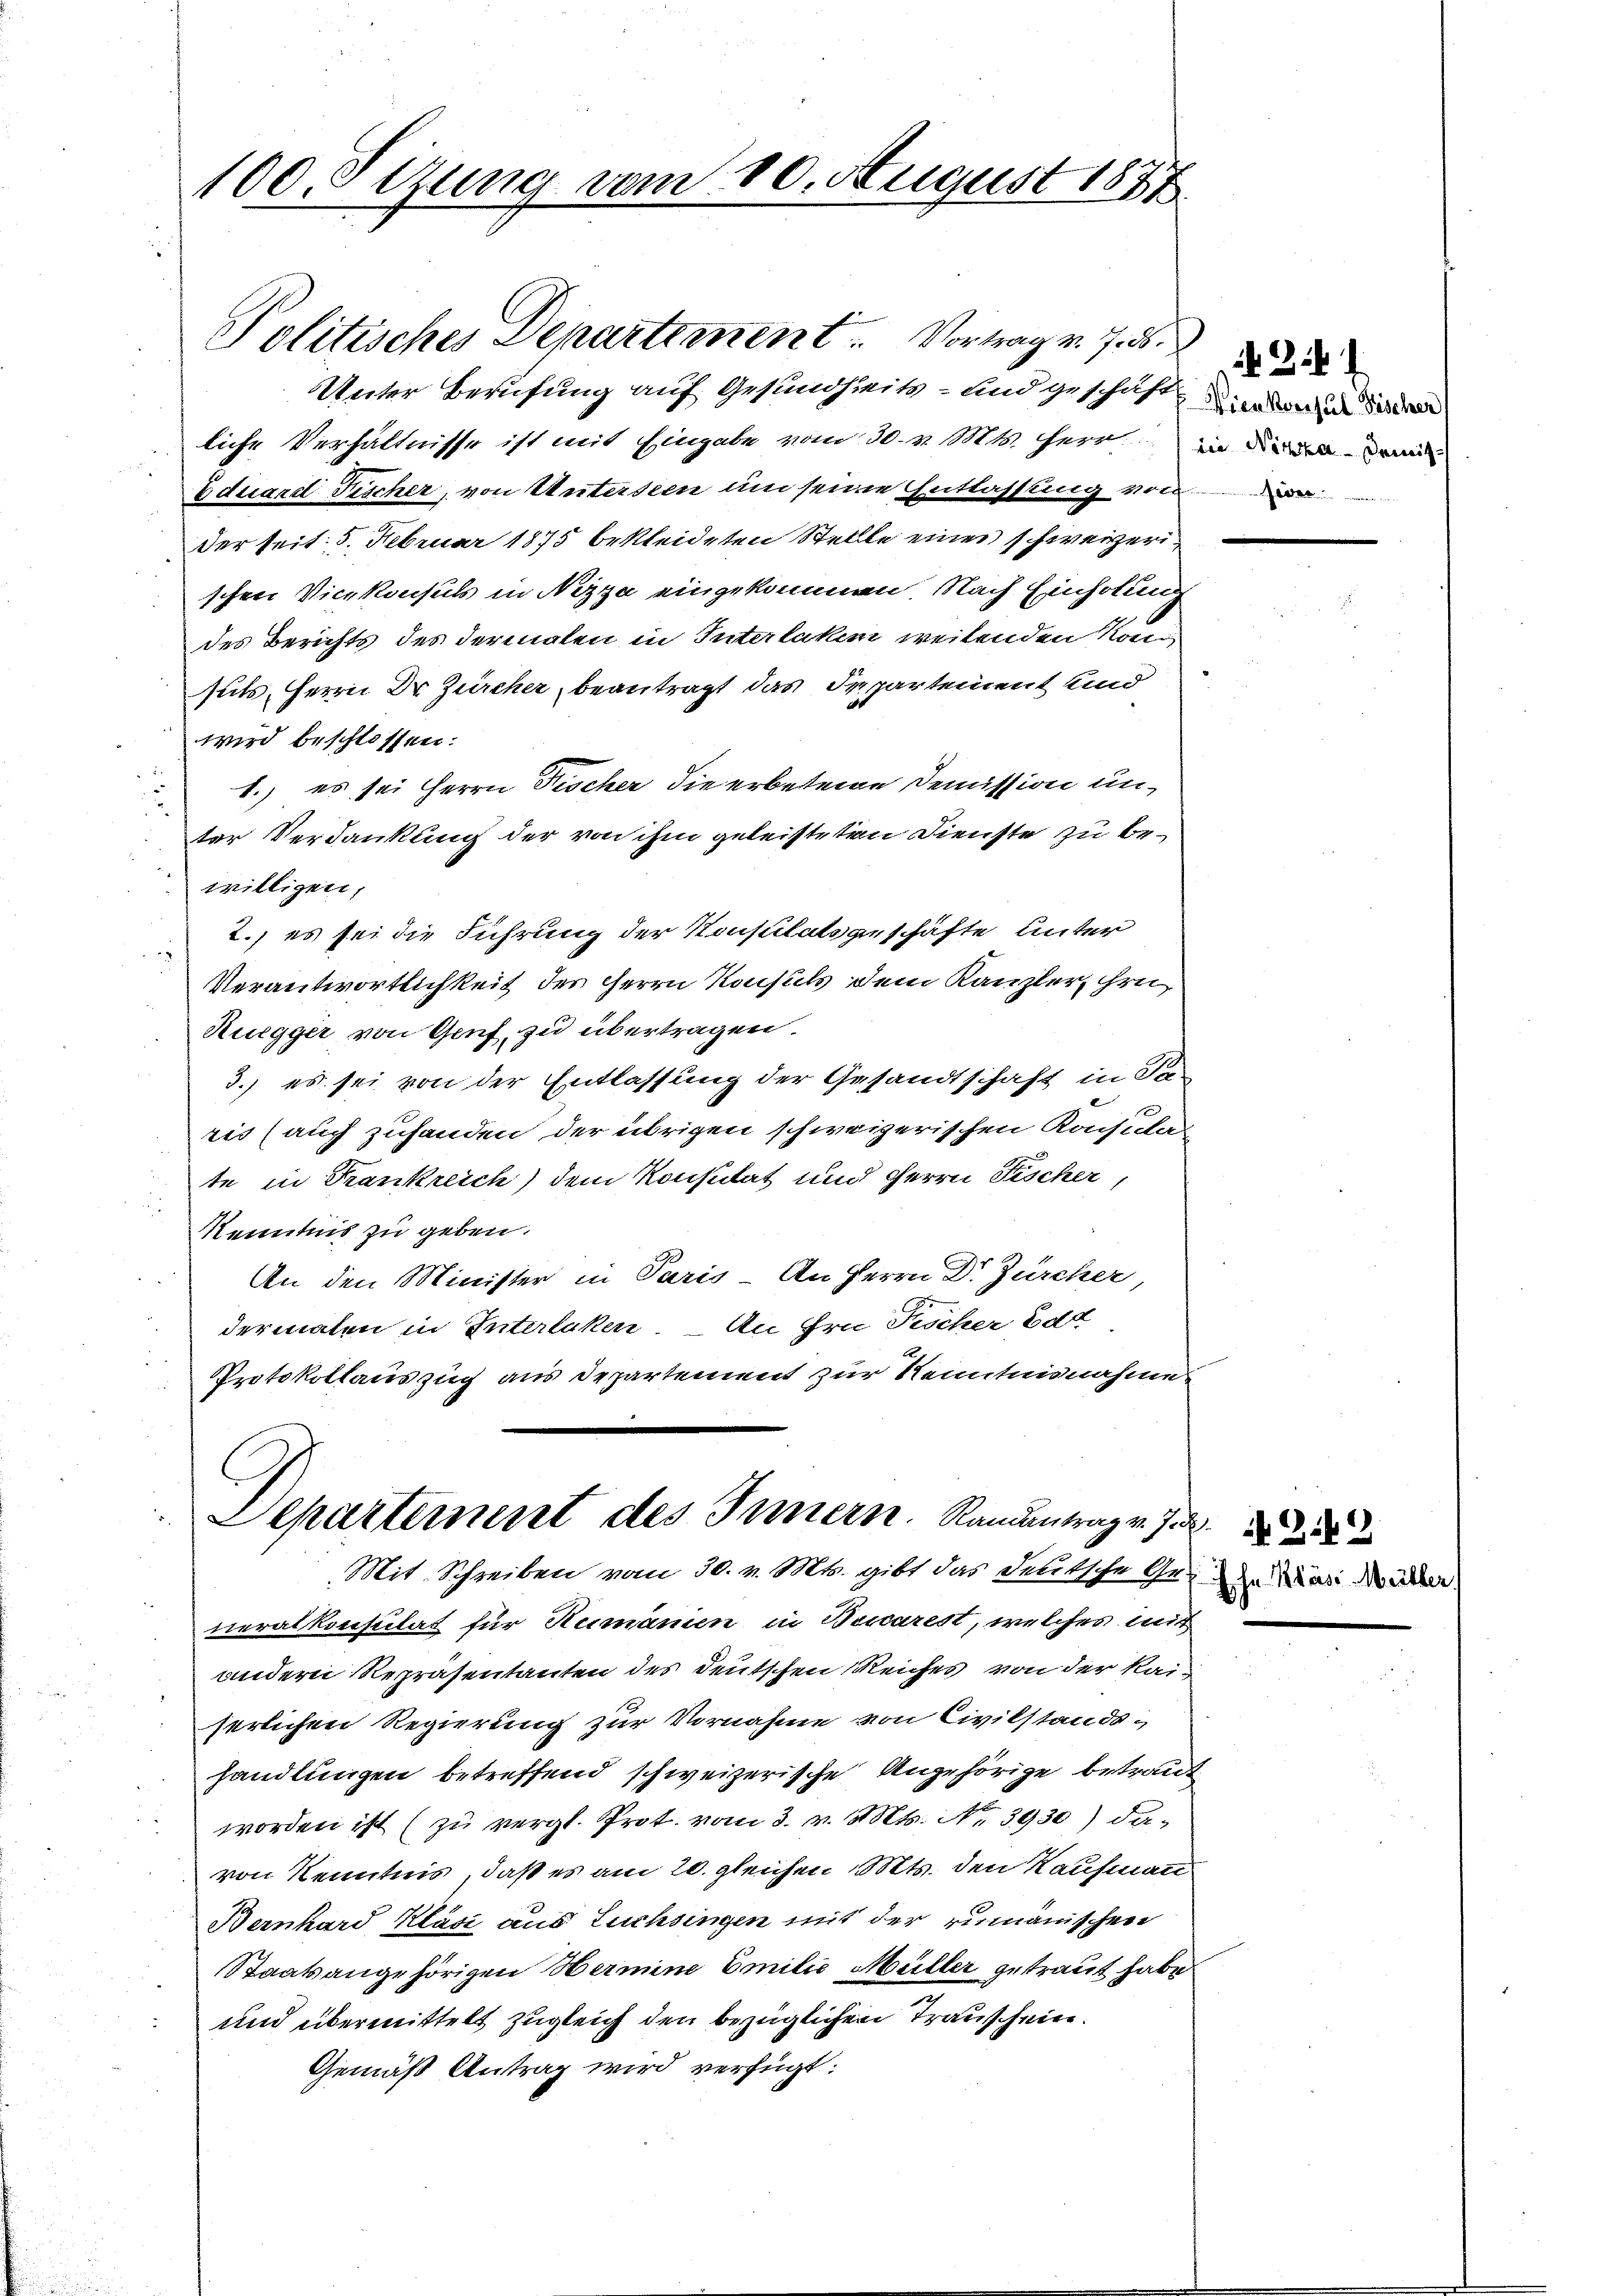
100. Sizung vom 10. August 1877

Politisches Departement. Vortrag v. 7. d.

Departement des Innern. Ramantrag v. J.
Mit Schreiben vom 30. v. Mts. gibt das deutsche Ge- War die

Unter Berufung auf Gesundheits- und geschäft einen die
liche Verhältnisse ist mit Eingabe vom 30. v. Mts. Herr in
Eduard Fischer, von Unterseen um seine Entlassung von
der seit 5. Februar 1875 bekleideten Stellte eines schweizerischen Vicekonsuls in Nizza eingekommen. Nach Einholung
des Berichts des dermalen in Interlaken weitenden Komsuts, Herrn Dr Zürcher beantragt das Irpartement und
wird beschlossen:
1.) es sei Herrn Fischer die erbetene Demission unter Verdankung der von ihm geleisteten Dienste zu bewilligen,
2.) es sei die Führung der Konstilatsgeschäfte unter
Verantwortlichkeit des Herrn Konsuls dem Kanzler, ihre
Ruegger von Gruf, zu übertragen.
3.) es sei von der Entlassung der Gesandtschaft in Fa-
ris (auch zuhanden der übrigen schweizerischen Konsular
te in Frankreich) dem Konsulat und Herrn Fischer,
Kenntnis zu geben.
An den Minister in Paris, An Herrn Dr Zürcher
dermalen in Interlaken, An Hrn Fischer Bed
Protokollauszug aus Departement zur Kenntnisnahme

neralkonsulat für Humanien in Bescarest, welches mit
andern Repräsentanten des Deutschen Reiches von der Kaiserlichen Regierung zur Vornahme von Civilstands
handlungen betreffend schweizerische Angehörige betraut
worden ist (zu vergl. Prot. vom 3. v. Mts. No. 3930) davon Kenntnis, daß es am 20. gleichen Mts. den Kaufmann
Bernhard Kläsi aus Luchsingen mit der rumänischen
Staatsangehörigen Hermine Emilie Müller getraut habe
und übermittelt zugleich den bezüglichen Trauschein.
Gemäß Antrag wird verfügt:

42